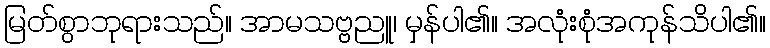
မြတ်စွာဘုရားသည်။ အာမသဗ္ဗညူ၊ မှန်ပါ၏။ အလုံးစုံအကုန်သိပါ၏။